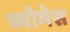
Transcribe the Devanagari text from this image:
व्योमेस